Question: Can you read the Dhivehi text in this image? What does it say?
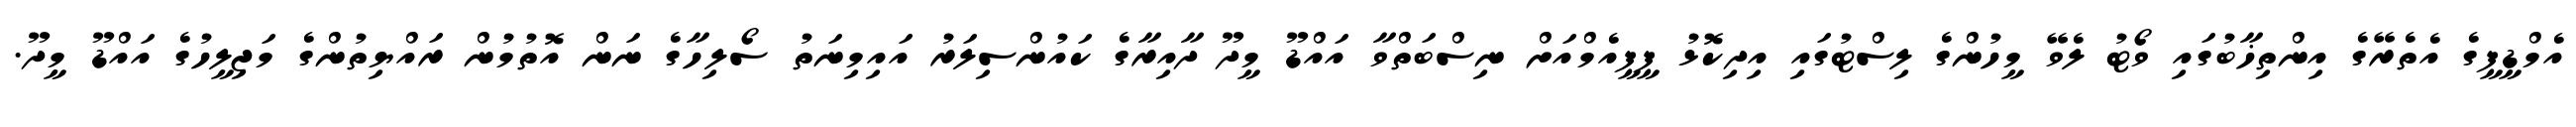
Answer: އެމްޑީޕީގެ އެތެރޭގެ އިންތިޚާބުގައި ވޯޓު ލެވޭ މީހުންގެ ލިސްޓުގައި އިދިކޮޅު ޕީޕީއެމްއަށް ނިސްބަތްވާ އައްޑޫ މީދޫ ދާއިރާގެ ކައުންސިލަރު އައިމިނަތު ސޯލިހާގެ ނަން އޮތުމުން ރައްޔިތުންގެ މަޖިލީހުގެ އައްޑޫ މީދޫ.